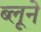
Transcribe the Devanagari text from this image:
ब्लूने